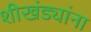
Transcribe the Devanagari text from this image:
शीखंड्यांना